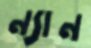
ন্যান